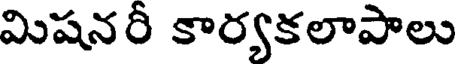
మిషనరీ కార్యకలాపాలు